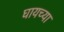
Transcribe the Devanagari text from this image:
घायच्या